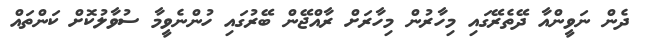
ދެން ނަވީންއާ ދޭތެރޭގައި މިހާރުން މިހާރަށް ރާއްޖޭން ބޭރުގައި ހުންނެވީމާ ސުވާލުކޮށް ކަންތައް